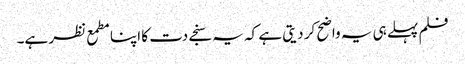
فلم پہلے ہی یہ واضح کر دیتی ہے کہ یہ سنجے دت کا اپنا مطمع نظر ہے۔